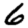
Digit: 6